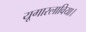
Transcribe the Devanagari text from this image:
यूगास्लाविया।